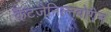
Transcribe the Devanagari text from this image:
कैटज़ेनिल्नबोगेन